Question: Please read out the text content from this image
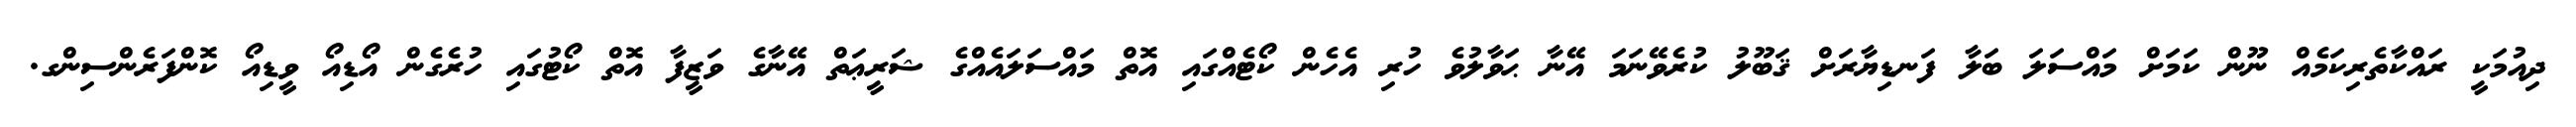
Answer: ދިއުމަކީ ރައްކާތެރިކަމެއް ނޫން ކަމަށް މައްސަލަ ބަލާ ފަނޑިޔާރަށް ޤަބޫލު ކުރެވޭނަމަ އޭނާ ޙަވާލުވެ ހުރި އެހެން ކޯޓެއްގައި އޮތް މައްސަލައެއްގެ ޝަރީޢަތް އޭނާގެ ވަޒީފާ އޮތް ކޯޓުގައި ހުރެގެން އޯޑިއޯ ވީޑިއޯ ކޮންފަރެންސިންގ.